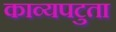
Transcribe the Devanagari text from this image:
काव्यपटुता